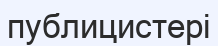
публицистері